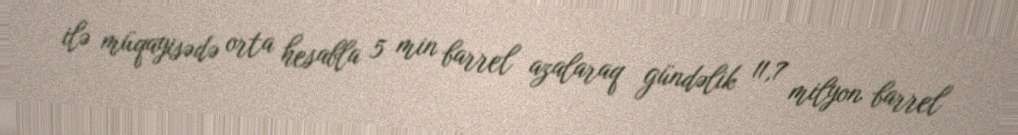
ilə müqayisədə orta hesabla 5 min barrel azalaraq gündəlik 11,7 milyon barrel